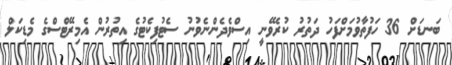
ބަނޑަށް 36 ހަފުތާވުމަށްފަހު ދަތުރު ކުރެވޭނީ އިސްވެދެންނެވުނު ސެޓުފިކެޓުގެ އިތުރުން އެމިރޭޓްސްގެ މެޑިކަލް